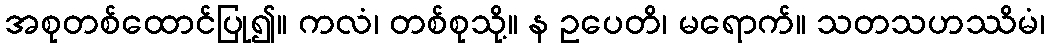
အစုတစ်ထောင်ပြု၍။ ကလံ၊ တစ်စုသို့။ န ဥပေတိ၊ မရောက်။ သတသဟဿိမံ၊